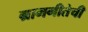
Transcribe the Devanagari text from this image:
ग्रामगीतेची